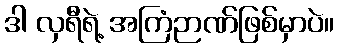
ဒါ လှရီရဲ့ အကြံဉာဏ်ဖြစ်မှာပဲ။